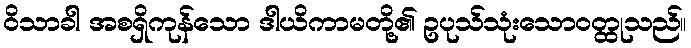
ဝိသာခါ အစရှိကုန်သော ဒါယိကာမတို့၏ ဥပုသ်သုံးသောဝတ္ထုသည်။